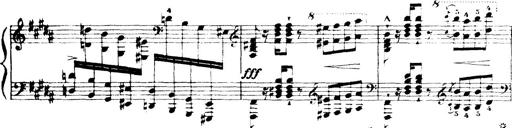
Title: Wagner-Liszt Album
Composer: Franz Liszt